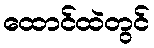
ထောင်ထဲတွင်